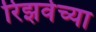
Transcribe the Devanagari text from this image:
रिझर्वच्या